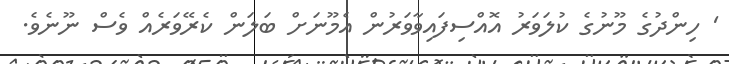
' ހިންދުގެެ މޫނުގެ ކުލަވަރު އޮއްސިފައިވާވަރުން އެމޫނަށް ބަލަން ކެރޭވަރެއް ވެސް ނޫނެވެ.